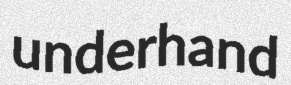
underhand